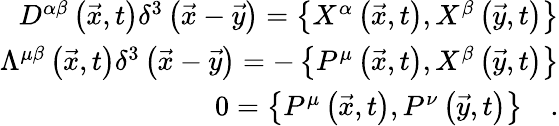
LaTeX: \begin{array}{r}{D^{\alpha\beta}\left(\vec{x},t\right)\delta^{3}\left(\vec{x}-\vec{y}\right)=\left\{ X^{\alpha}\left(\vec{x},t\right),X^{\beta}\left(\vec{y},t\right)\right\} }\\ {\Lambda^{\mu\beta}\left(\vec{x},t\right)\delta^{3}\left(\vec{x}-\vec{y}\right)=-\left\{ P^{\mu}\left(\vec{x},t\right),X^{\beta}\left(\vec{y},t\right)\right\} }\\ {0=\left\{ P^{\mu}\left(\vec{x},t\right),P^{\nu}\left(\vec{y},t\right)\right\} \quad.}\end{array}